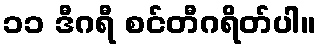
၁၁ ဒီဂရီ စင်တီဂရိတ်ပါ။